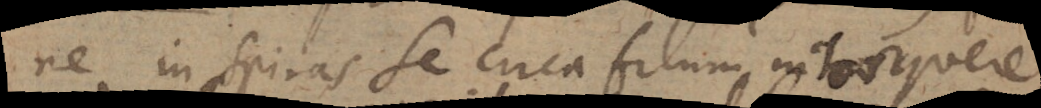
ne in spiras se circa filum intorquere